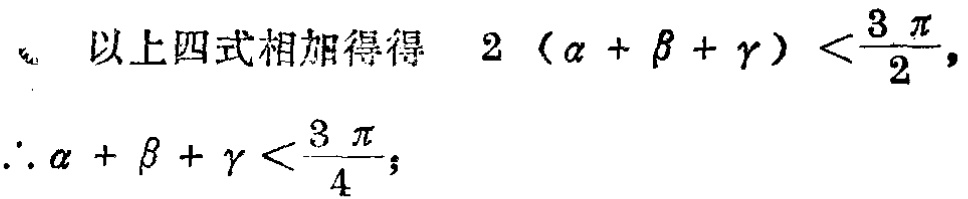
以上四式相加得得 \(2(\alpha + \beta + \gamma) <\frac{3\pi}{2},\)
\(\therefore \alpha + \beta + \gamma <\frac{3\pi}{4};\)